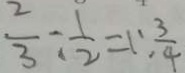
\frac { 2 } { 3 } : \frac { 1 } { 2 } = 1 : \frac { 3 } { 4 }